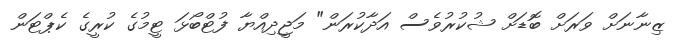
ޒިނާނަށް ވަރަށް ބޮޑަށް ޝުކުރުވެސް އަދާކުރަން" މަޖީދިއްޔާ ފުޓްބޯޅަ ޓީމުގެ ކުރީގެ ކެޕްޓަން